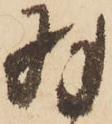
羽